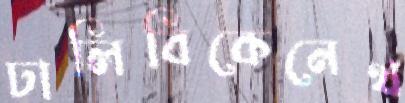
ঢালিবিকেনেথ